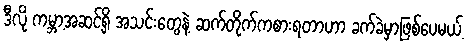
ဒီလို ကမ္ဘာ့အဆင့်ရှိ အသင်းတွေနဲ့ ဆက်တိုက်ကစားရတာဟာ ခက်ခဲမှာဖြစ်ပေမယ့်